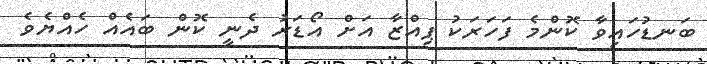
ބަނޑުހައިވާ ކޮންމެ ފަހަރަކު ޕިއްޒާ އަށް އޯޑަރު ދެނީ ކޮން ބައެއް ހެއްޔެވެ